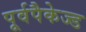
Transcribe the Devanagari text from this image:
पूर्वपैकेज्ड